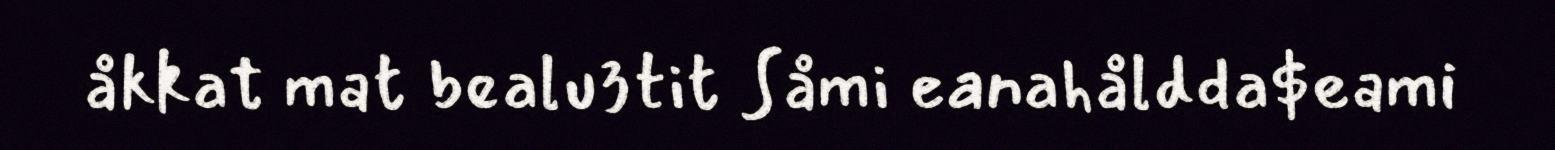
åkkat mat bealu3tit Såmi eanahåldda$eami